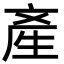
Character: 產